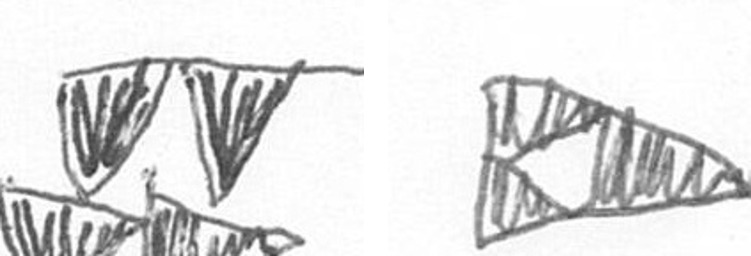
B K